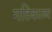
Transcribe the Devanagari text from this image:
गतिकाव्य